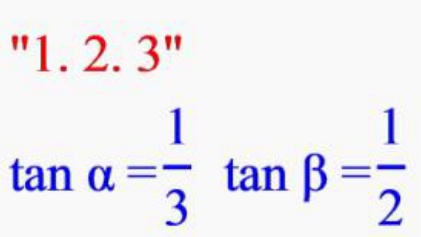
"1. 2. 3"
\(\tan \alpha =\frac{1}{3}\ \tan \beta =\frac{1}{2}\)